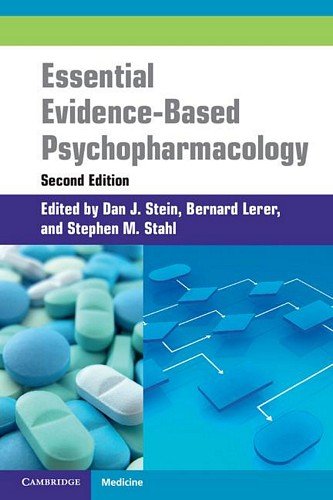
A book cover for Essential Evidence-Based Psychopharmacology (Cambridge Medicine); Medical Books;